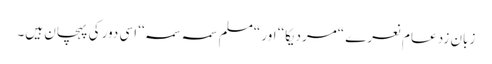
زبان زد عام نعرے “مردیکا‘‘ اور “مسلم سمہ سمہ‘‘ اسی دور کی پہچان ہیں۔